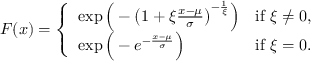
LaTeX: F ( x ) = { \left\{ \begin{array} { l l } { \exp { \Big ( } - { \big ( } 1 + \xi { \frac { x - \mu } { \sigma } } { \big ) } ^ { - { \frac { 1 } { \xi } } } { \Big ) } } & { { \mathrm { i f ~ } } \xi \neq 0 , } \\ { \exp { \Big ( } - e ^ { - { \frac { x - \mu } { \sigma } } } { \Big ) } } & { { \mathrm { i f ~ } } \xi = 0 . } \end{array} \right. }